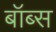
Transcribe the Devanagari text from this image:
बॉब्स